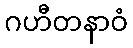
ဂဟီတနာဝံ